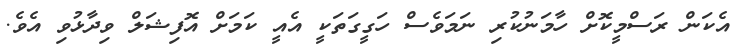
އެކަން ރަސްމީކޮށް ހާމަނުކުރި ނަމަވެސް ހަގީގަތަކީ އެއީ ކަމަށް އޮފިޝަލް ވިދާޅުވި އެވެ.